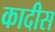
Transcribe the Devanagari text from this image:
कादीस